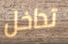
تداخل